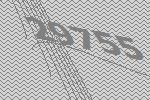
29755